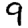
Digit: 9